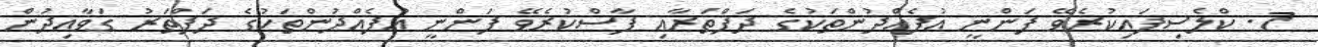
7. ކްލެސިފައިކުރެވޭ ފަންނީ އުފެއްދުންތަކުގެ ދަފްތަރާއި ފާސްކުރެވޭ ފަންނީ އުފެއްދުންތަކުގެ ދަފްތަރު ގަވާއިދުން